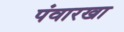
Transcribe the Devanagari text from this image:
पंवारखा